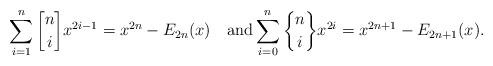
LaTeX: \begin{align*} \sum\limits_{i=1}^n {n\brack i}x^{2i-1} = x^{2n} - E_{2n}(x) \quad\mbox{and} \sum\limits_{i=0}^n {n\brace i}x^{2i} = x^{2n+1} - E_{2n+1}(x).\end{align*}